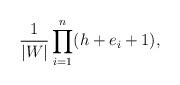
LaTeX: \begin{align*}\frac{1}{|W|} \prod_{i=1}^n(h + e_i + 1),\end{align*}